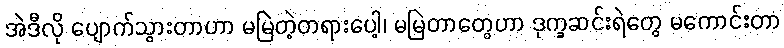
အဲဒီလို ပျောက်သွားတာဟာ မမြဲတဲ့တရားပေါ့၊ မမြဲတာတွေဟာ ဒုက္ခဆင်းရဲတွေ မကောင်းတာ